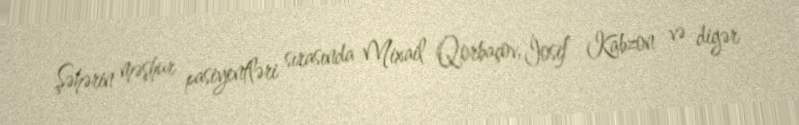
Şəhərin məşhur pasiyentləri sırasında Mixail Qorbaçov, İosif Kabzon və digər